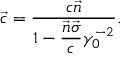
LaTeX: \vec { c } = \frac { c \vec { n } } { 1 - \displaystyle \frac { \vec { n } \vec { \sigma } } { c } \gamma _ { 0 } ^ { - 2 } } .